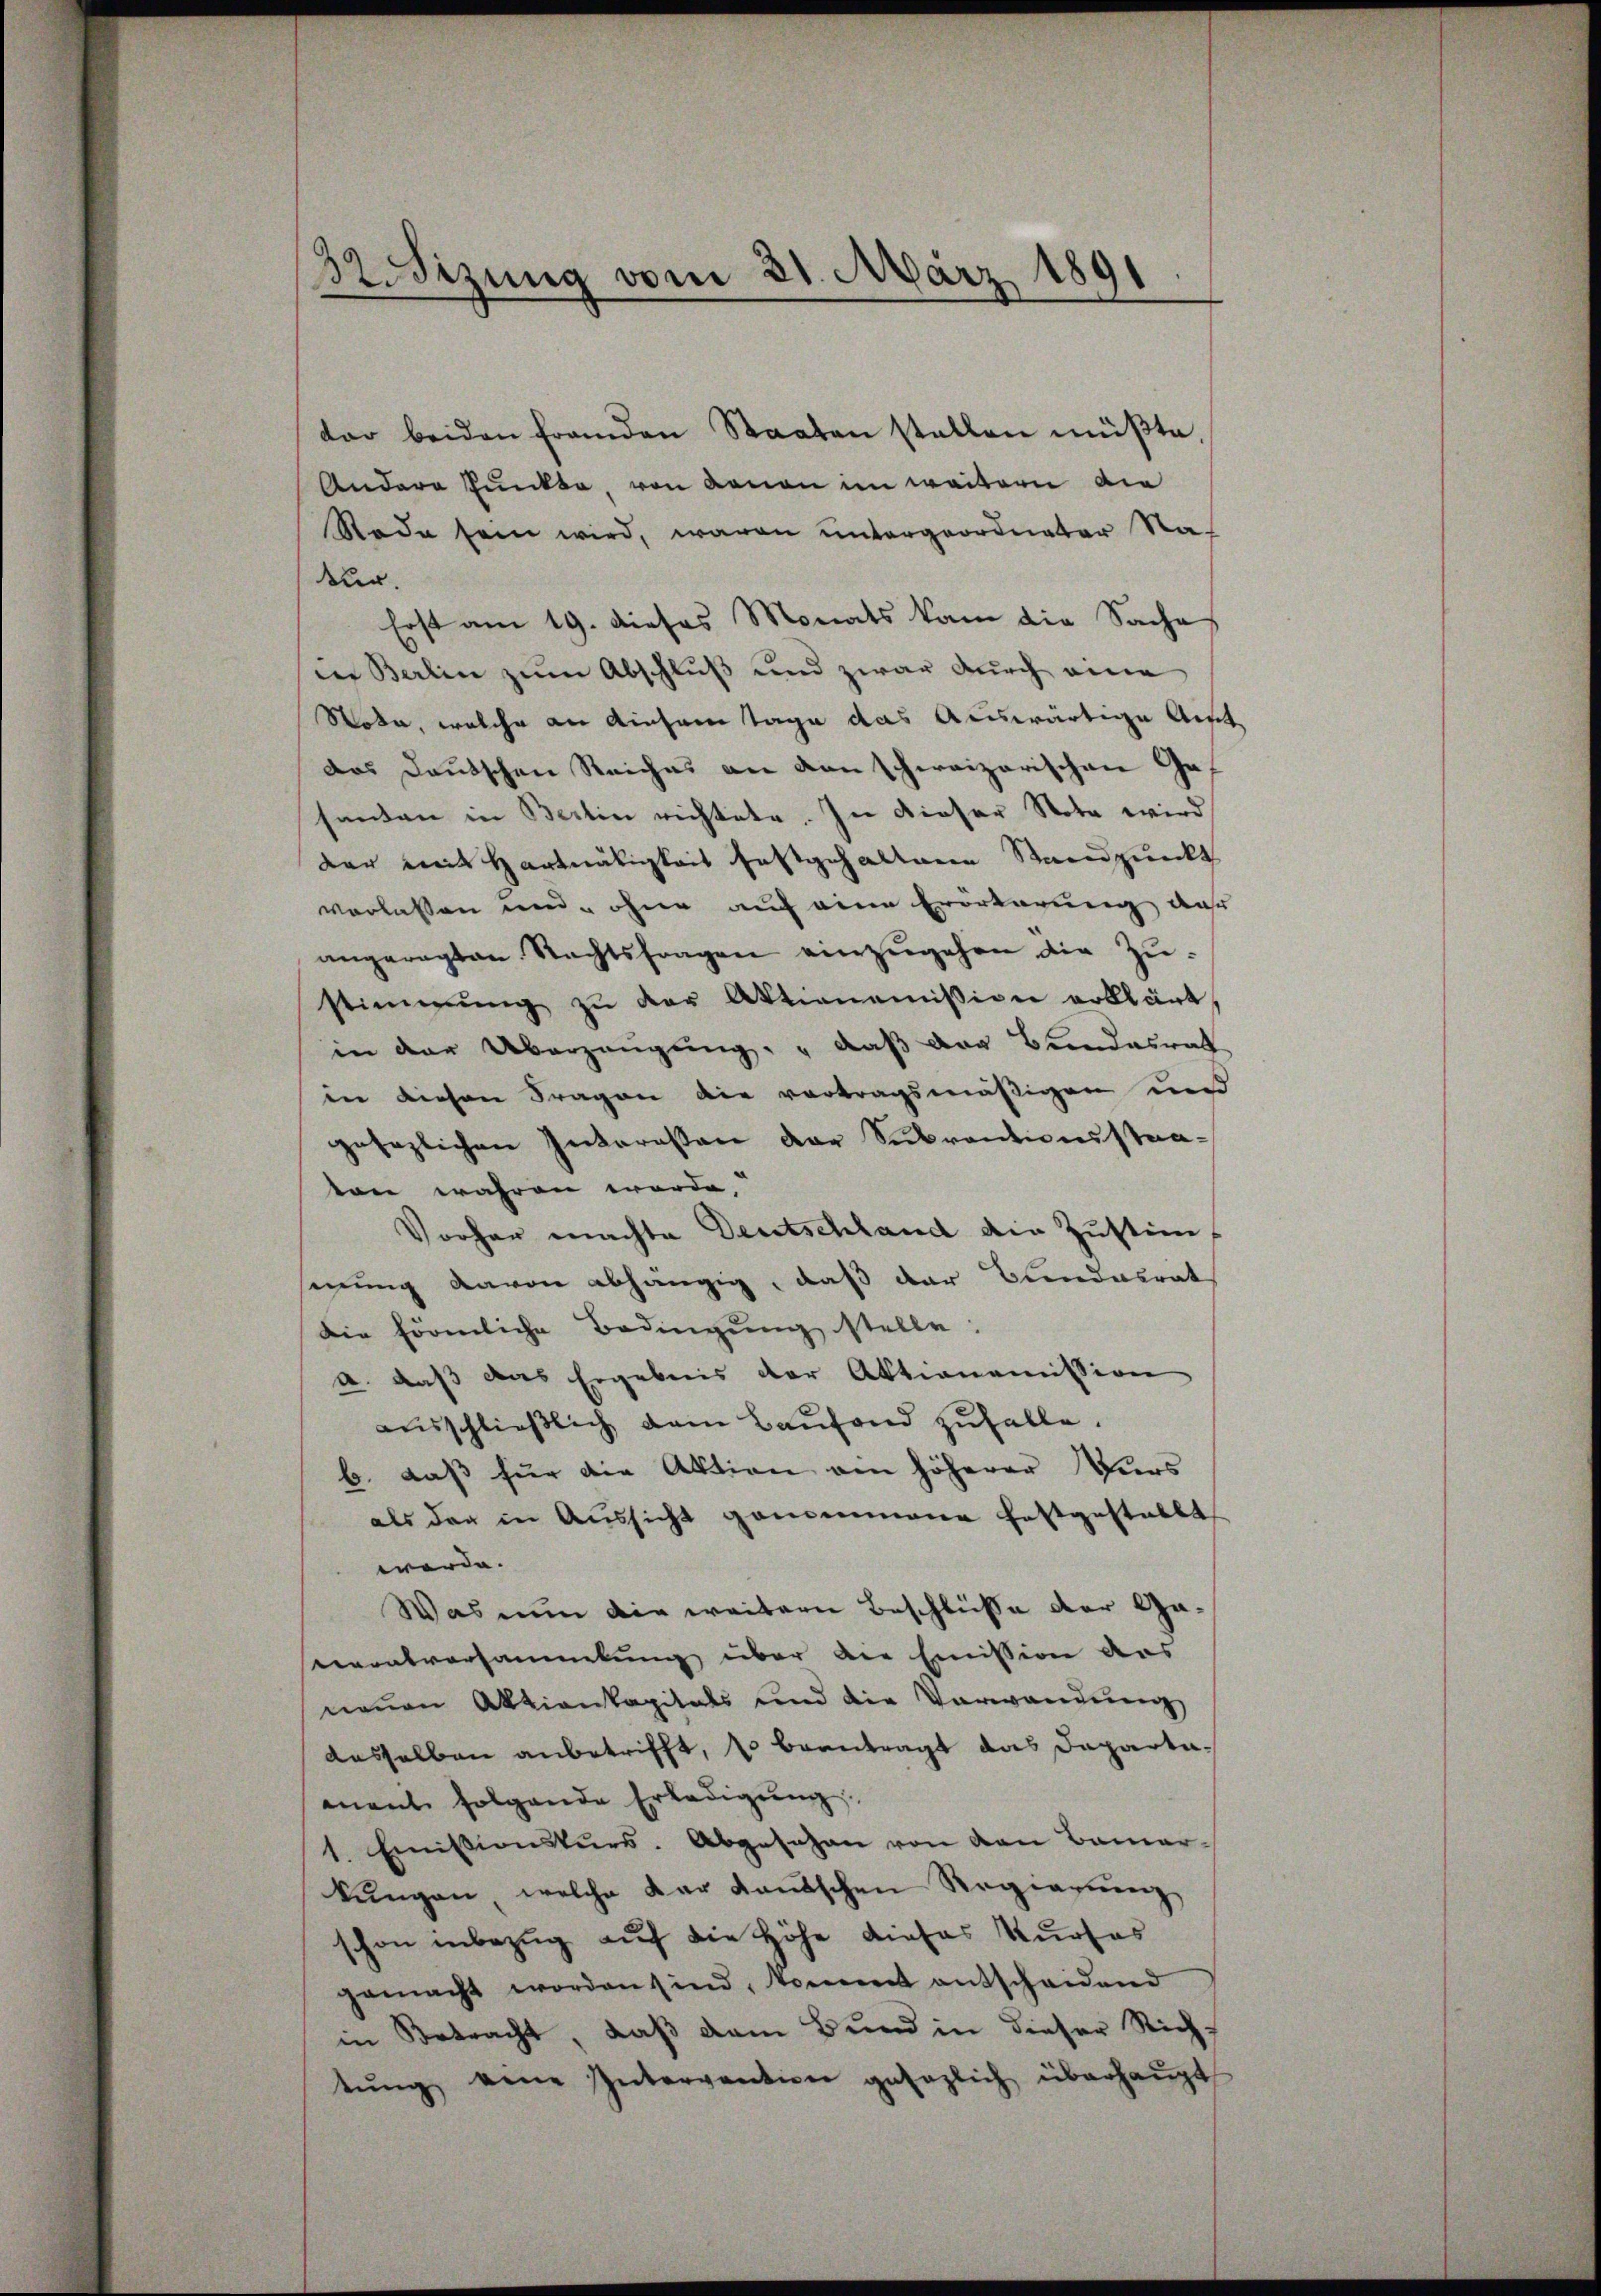
32.Sizung vom 21. März 1891

ter beiden franden Staaten stellen müβte,
Andere Punkte, von denen im weitern die
Rade sein wird, waren untergeordneter Na-
ur.
Erst am 19. dieses Monats kam die Sache
in Berlin zum Abschluß und zwar durch eine
Wota, welche an einsam Tage das Auswärtige Anst
das Deutschen Reiches an den schweizerischen Gesanten in Berlin richtete. In dieser Note wird
dar mit Hartnätigkeit festgehaltene Standpunkt
verlassen und ohne auch eine Erörterung der
angeregten Rechtsfragen einzŭgehen die Zustimmung zŭ der Aktionoṁission erklärt,
in der Überzeugung " daß der Bundesrat
in diesen Fragen die vortragsmäßigen und
gesezlichen Interessen der Subventionsstravon währen worde,
Vorher machte Deutschland die Zustim-
senung davon abhängig, daß der Bundesrat
die förmliche Bedingŭng stelle:
u. daß das Ergebnis der Aktionomission
ausschließlich dem Baufand zufalle.
b. daß für die Aktion ein höherer Vers
als der in Aussicht genommene festgestellt
werde.
Was nun die weitern Beschlüße der Gaerratversammlung über die Emission das
neuen Aktienkapitals und die Verwandŭng
dasselben anbetrifft, so beantragt das Departamant folgende Erledigŭng
1. Emissionskŭrs. Abgesehen von den Bamar-
kŭngen welche der Kautschen Regierung,
schon inbezug auf die Höhe dieses Kurses
gemacht worden sind, kommt entscheidend
in Betracht, daß dem Bund in dieser Rich-
tŭng eine Intervention gesezlich überhaŭpt